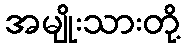
အမျိုးသားတို့